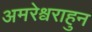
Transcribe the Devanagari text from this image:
अमरेश्वराहुन